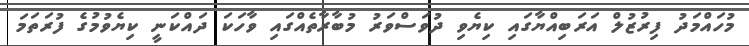
މުހައްމަދު ފިރުޒުލް އަރަބިއްޔާގައި ކިޔެވި ދުވަސްވަރު މުބާރާތެއްގައި ވާހަކަ ދައްކަނީ ކިޔެވުމުގެ ފުރަތަމަ